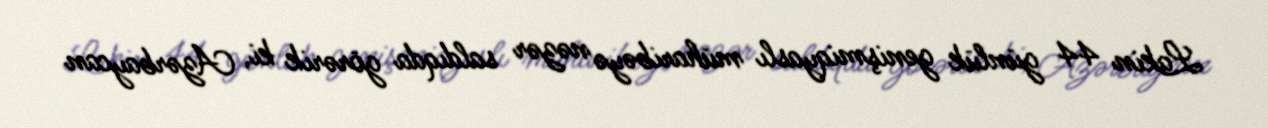
Lakin 44 günlük genişmiqyaslı müharibəyə nəzər saldıqda görərik ki, Azərbaycan